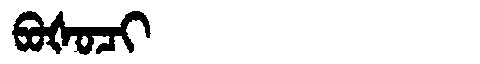
Manchu: ᠪᠣᡧᠣᠴᡳ
Romanization: BOŠOCI